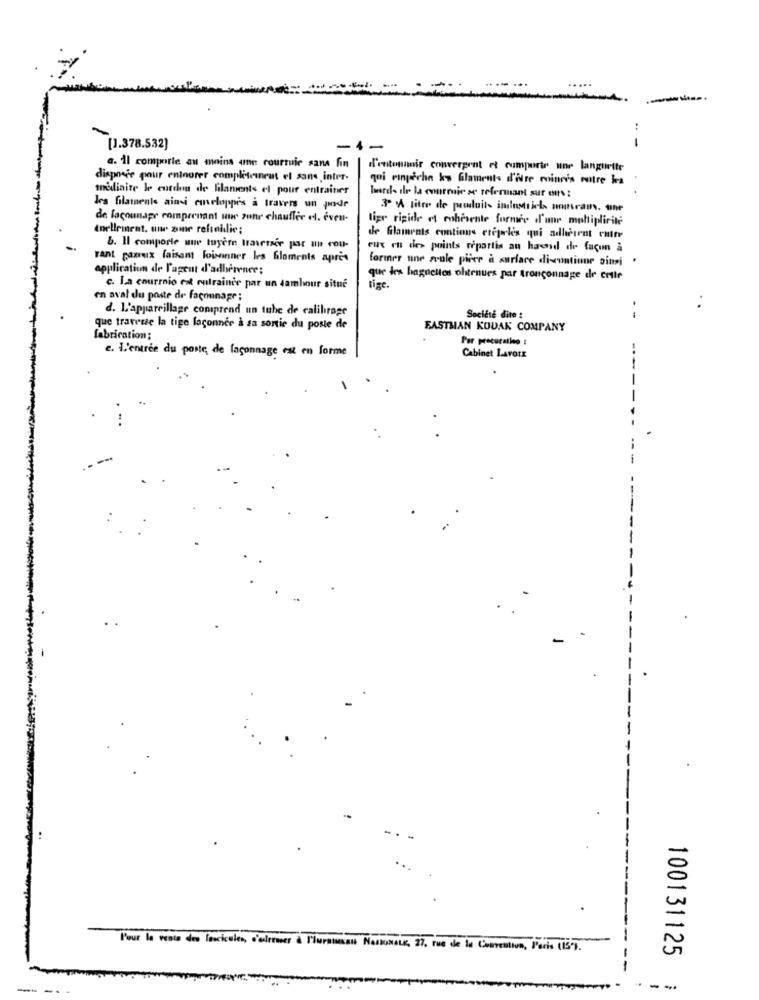
-
-
[1.378.532)
a. 11 comporte au moins ame rourruir sans fin
l'entonnoir convergent et cumporte une languette
disposie pour entourer completeunrat el sans inter-
qui ringeche kw Glaments d'ifre moinnis rutre bra
mediaite le cordon de filaments el pour entrainer
Tworels de la courroie se refermant sur ons:
les filamente ainsi euveloppes à travers un podr
3º 1 litre de produits industriels nomraus. the
de lacounapr comprenant une zone chauffer el. even-
lige rigide et robevente formare d'une multiplicité
torllement. www zumr relseilie;
de Glaments contions crepele's qui adherent cutre
&. Il comporte uwe tuyere traverser par an cou-
eux en des points repartis an hacid de façon à
rant ganiux faisant lowsenner les Gloments apres
former une seule pirer a surface di-contiune pini .
application de l'agent d'adhérence;
que les baguettes obtenues par tronconnage de crile
c. La courroie en cutrainie par un tambour situé
tige.
en aval du poste de façonnage ;
d. L'appareillage comprend un tuhe de calibrage
Société dite :
--
que travesse la tige laconner à sa sortie du poste de
EASTMAN KODAK COMPANY
fabrication;
Per procuratheo :
e. l'entrée du poste de laconnage est en forme
Cabinet LAVOIE
---
-
-
-
Pour la vente des fascicules, s'odermer & Fluramsau NaskNate, 27, rue de la Convention, l'oris (15").
100131125
-
--